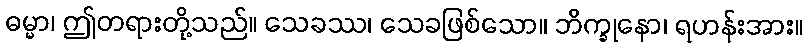
ဓမ္မာ၊ ဤတရားတို့သည်။ သေခဿ၊ သေခဖြစ်သော။ ဘိက္ခုနော၊ ရဟန်းအား။